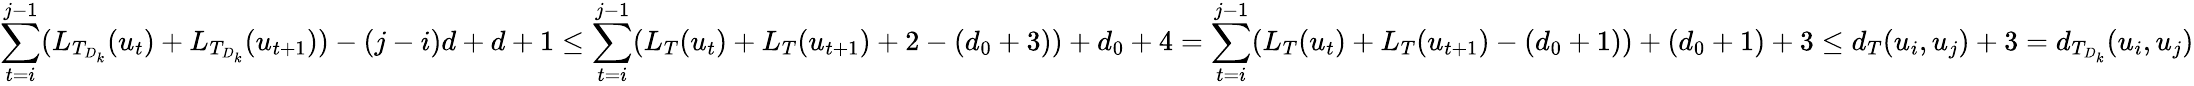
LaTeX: \sum_{t=i}^{j-1}(L_{T_{D_{k}}}(u_{t})+L_{T_{D_{k}}}(u_{t+1}))-(j-i)d+d+1\leq\sum_{t=i}^{j-1}(L_{T}(u_{t})+L_{T}(u_{t+1})+2-(d_{0}+3))+d_{0}+4=\sum_{t=i}^{j-1}(L_{T}(u_{t})+L_{T}(u_{t+1})-(d_{0}+1))+(d_{0}+1)+3\leq d_{T}(u_{i},u_{j})+3=d_{T_{D_{k}}}(u_{i},u_{j})